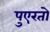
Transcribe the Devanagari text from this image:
पुएरतो